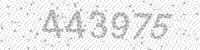
Solution: 443975